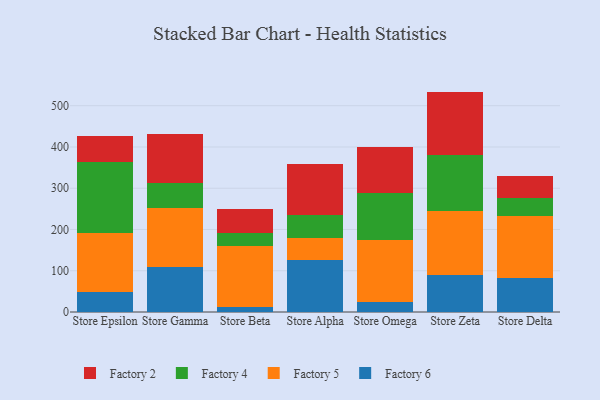
{"axis": {"x": "Store", "y": "Waste Production (Tons)"}, "legend": ["Factory 2", "Factory 4", "Factory 5", "Factory 6"], "data": [{"x": "Store Epsilon", "y": 47.7, "type": "Factory 6"}, {"x": "Store Epsilon", "y": 142.9, "type": "Factory 5"}, {"x": "Store Epsilon", "y": 173.4, "type": "Factory 4"}, {"x": "Store Epsilon", "y": 63.8, "type": "Factory 2"}, {"x": "Store Gamma", "y": 109.1, "type": "Factory 6"}, {"x": "Store Gamma", "y": 142.3, "type": "Factory 5"}, {"x": "Store Gamma", "y": 61.1, "type": "Factory 4"}, {"x": "Store Gamma", "y": 119.6, "type": "Factory 2"}, {"x": "Store Beta", "y": 12.5, "type": "Factory 6"}, {"x": "Store Beta", "y": 147.1, "type": "Factory 5"}, {"x": "Store Beta", "y": 30.8, "type": "Factory 4"}, {"x": "Store Beta", "y": 58.4, "type": "Factory 2"}, {"x": "Store Alpha", "y": 126.9, "type": "Factory 6"}, {"x": "Store Alpha", "y": 52.9, "type": "Factory 5"}, {"x": "Store Alpha", "y": 54.9, "type": "Factory 4"}, {"x": "Store Alpha", "y": 123.3, "type": "Factory 2"}, {"x": "Store Omega", "y": 24.2, "type": "Factory 6"}, {"x": "Store Omega", "y": 150.6, "type": "Factory 5"}, {"x": "Store Omega", "y": 114.8, "type": "Factory 4"}, {"x": "Store Omega", "y": 109.7, "type": "Factory 2"}, {"x": "Store Zeta", "y": 89.9, "type": "Factory 6"}, {"x": "Store Zeta", "y": 155.4, "type": "Factory 5"}, {"x": "Store Zeta", "y": 134.6, "type": "Factory 4"}, {"x": "Store Zeta", "y": 154.3, "type": "Factory 2"}, {"x": "Store Delta", "y": 82.1, "type": "Factory 6"}, {"x": "Store Delta", "y": 151.3, "type": "Factory 5"}, {"x": "Store Delta", "y": 42.0, "type": "Factory 4"}, {"x": "Store Delta", "y": 54.1, "type": "Factory 2"}]}